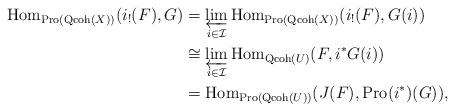
LaTeX: \begin{align*}{\rm Hom}_{{\rm Pro}({\rm Qcoh}(X))}(i_!(F),G)&=\varprojlim_{i\in\mathcal{I}}{\rm Hom}_{{\rm Pro}({\rm Qcoh}(X))}(i_!(F),G(i))\\&\cong\varprojlim_{i\in\mathcal{I}}{\rm Hom}_{{\rm Qcoh}(U)}(F,i^*G(i))\\&= {\rm Hom}_{{\rm Pro}({\rm Qcoh}(U))}(J(F),{\rm Pro}(i^*)(G)),\end{align*}